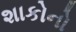
શાકોનો